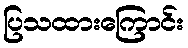
ပြသထားကြောင်း